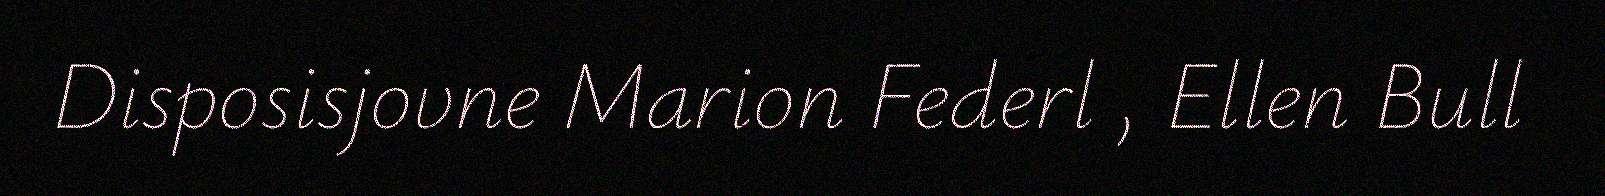
Disposisjovne Marion Federl , Ellen Bull